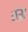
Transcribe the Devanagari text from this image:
शेब्रा